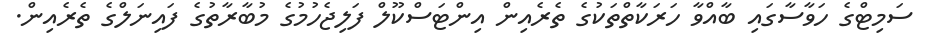
ސަމިޓްގެ ހަވާސާގައި ބާއްވާ ހަރަކާތްތަކުގެ ތެރެއިން އިންޓަސްކޫލް ފަލިޖެހުމުގެ މުބާރާތުގެ ފައިނަލްގެ ތެރެއިން.